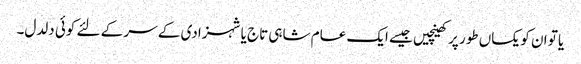
یا تو ان کو یکساں طور پر کھینچیں جیسے ایک عام شاہی تاج یا شہزادی کے سر کے لئے کوئی دلدل۔